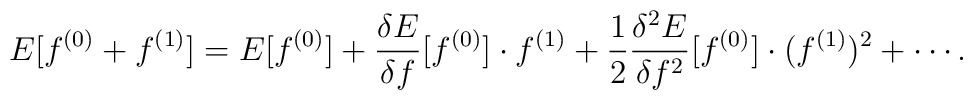
E [ f^{(0)} + f^{(1)} ]         =        E [ f^{(0)} ]         + \frac{\delta E}{\delta f} [ f^{(0)} ] \cdot f^{(1)}        + \frac{1}{2} \frac{\delta^2 E}{\delta f^2} [ f^{(0)} ]         \cdot (f^{(1)})^2        + \cdots.